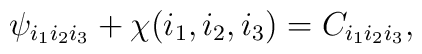
\psi _{i_{1}i_{2}i_{3}}+\chi (i_{1},i_{2},i_{3})=C_{i_{1}i_{2}i_{3}},